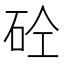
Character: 砼